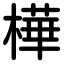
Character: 樺